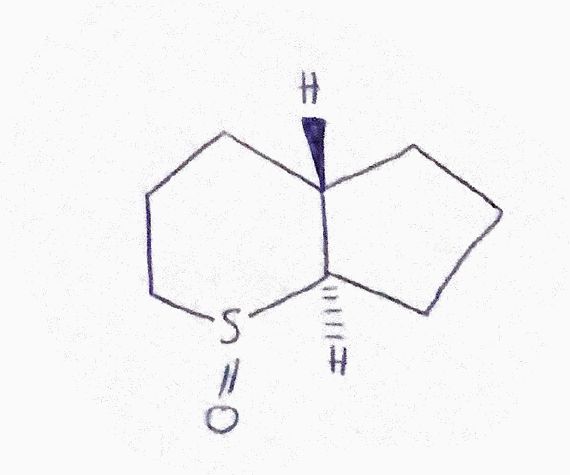
Simplified molecular-input line-entry system (SMILES) notation of the given molecule:
C1C[C@H]2CCCS(=O)[C@@H]2C1